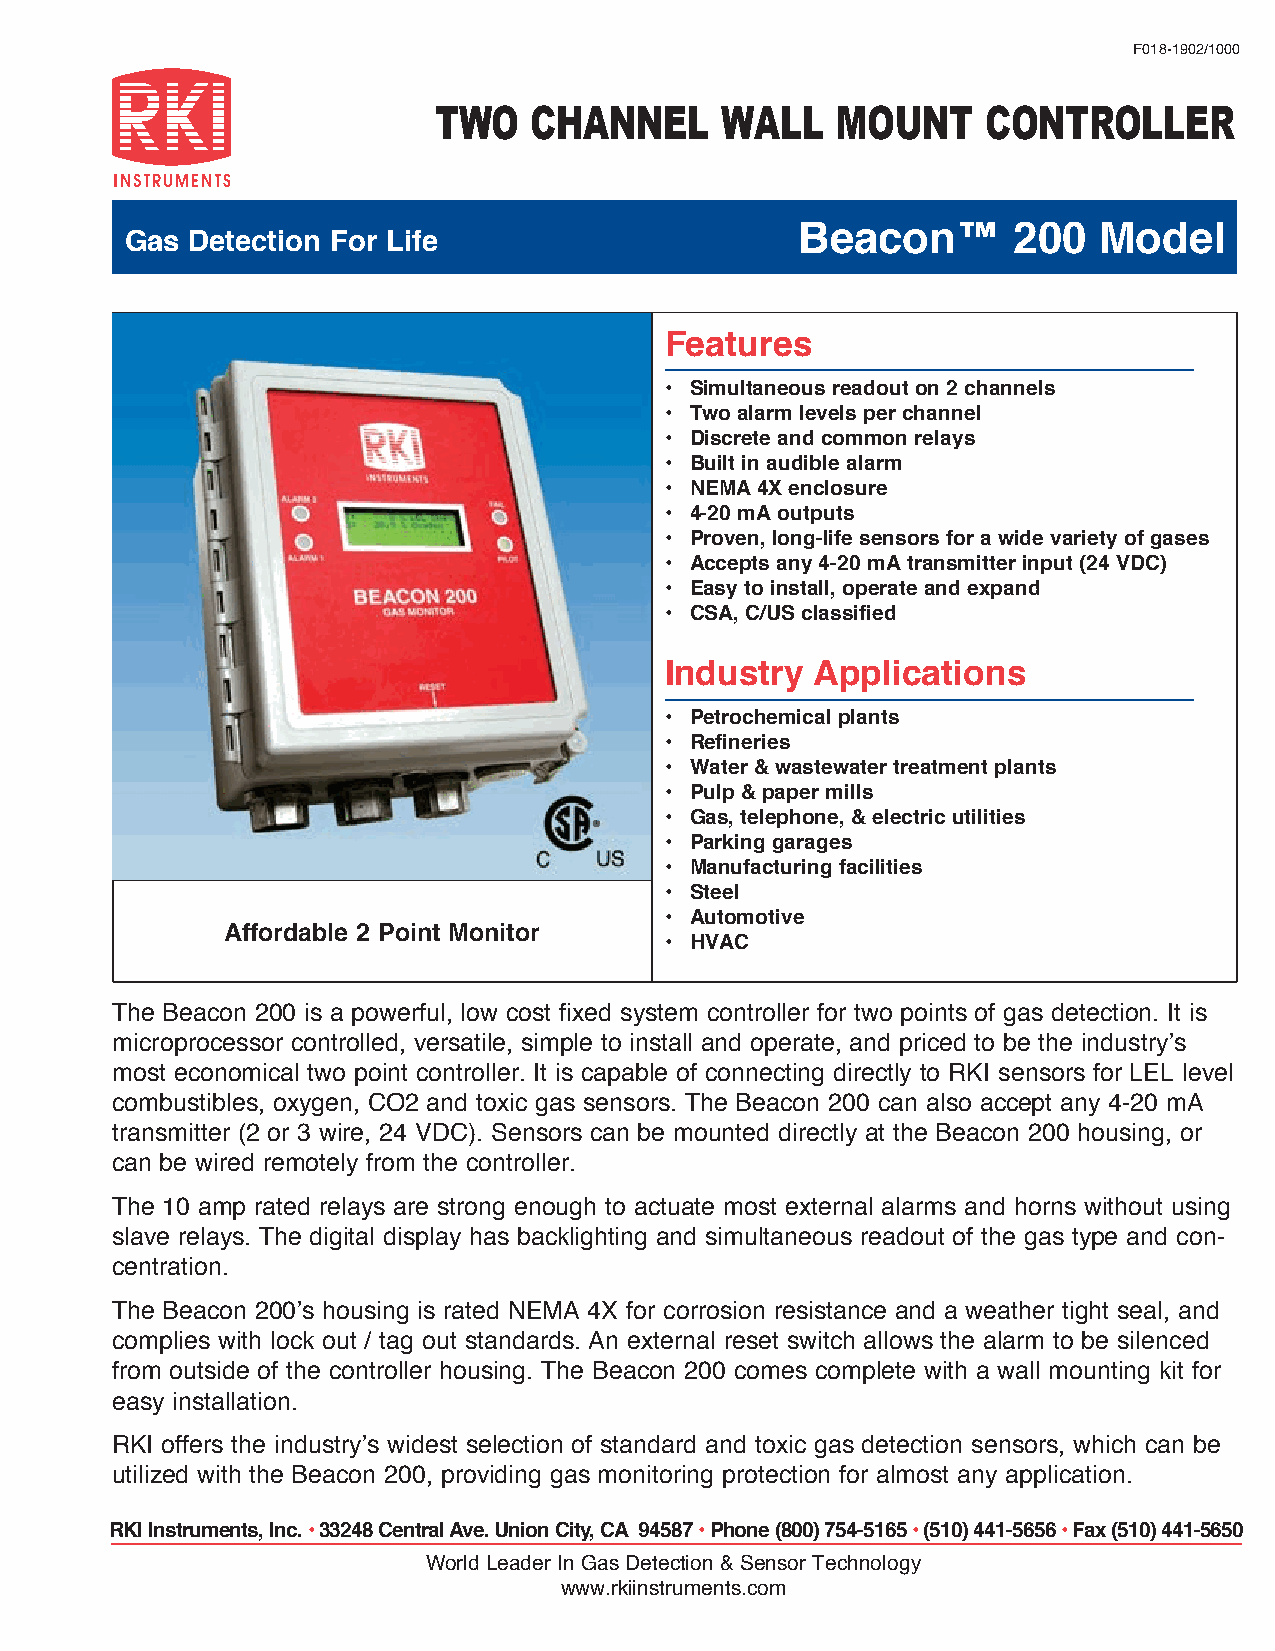
F018-1902/1000
 TWO   CHANNEL      WALL   MOUNT     CONTROLLER
 Gas  Detection For Life                      Beacon™       200   Model
 Features
 • Simultaneous readout on 2 channels
 • Two alarm levels per channel
 • Discrete and common relays
 • Built in audible alarm
 • NEMA 4X enclosure
 • 4-20 mA outputs
 • Proven, long-life sensors for a wide variety of gases
 • Accepts any 4-20 mA transmitter input (24 VDC)
 • Easy to install, operate and expand
 • CSA, C/US classified
 Industry  Applications
 • Petrochemical plants
 • Refineries
 • Water & wastewater treatment plants
 • Pulp & paper mills
 • Gas, telephone, & electric utilities
 • Parking garages
 • Manufacturing facilities
 • Steel
 • Automotive
 Affordable 2 Point Monitor
 • HVAC
 The Beacon 200 is a powerful, low cost fixed system controller for two points of gas detection. It is
 microprocessor controlled, versatile, simple to install and operate, and priced to be the industry’s
 most economical two point controller. It is capable of connecting directly to RKI sensors for LEL level
 combustibles, oxygen, CO2 and toxic gas sensors. The Beacon 200 can also accept any 4-20 mA
 transmitter (2 or 3 wire, 24 VDC). Sensors can be mounted directly at the Beacon 200 housing, or
 can be wired remotely from the controller.
 The 10 amp rated relays are strong enough to actuate most external alarms and horns without using
 slave relays. The digital display has backlighting and simultaneous readout of the gas type and con-
 centration.
 The Beacon 200’s housing is rated NEMA 4X for corrosion resistance and a weather tight seal, and
 complies with lock out / tag out standards. An external reset switch allows the alarm to be silenced
 from outside of the controller housing. The Beacon 200 comes complete with a wall mounting kit for
 easy installation.
 RKI offers the industry’s widest selection of standard and toxic gas detection sensors, which can be
 utilized with the Beacon 200, providing gas monitoring protection for almost any application.
 RKI Instruments, Inc. • 33248 Central Ave. Union City, CA 94587 • Phone (800) 754-5165 • (510) 441-5656 • Fax (510) 441-5650
 World Leader In Gas Detection & Sensor Technology
 www.rkiinstruments.com